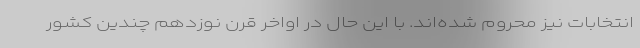
انتخابات نیز محروم شده‌اند. با این حال در اواخر قرن نوزدهم چندین کشور